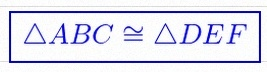
\triangle ABC\cong\triangle DEF